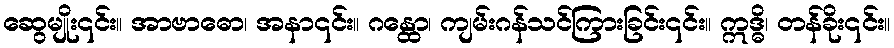
ဆွေမျိုး၎င်း။ အာဗာဓော၊ အနာ၎င်း။ ဂန္ထော၊ ကျမ်းဂန်သင်ကြားခြင်း၎င်း။ ဣဒ္ဓိ၊ တန်ခိုး၎င်း။